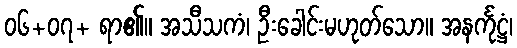
၀၆+၀၇+ ရာ၏။ အသီသကံ၊ ဦးခေါင်းမဟုတ်သော။ အနင်္ကုဋ္ဌံ၊